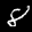
Label: 8